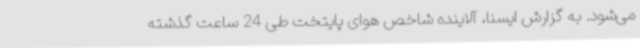
می‌شود. به گزارش ایسنا، آلاینده شاخص هوای پایتخت طی 24 ساعت گذشته